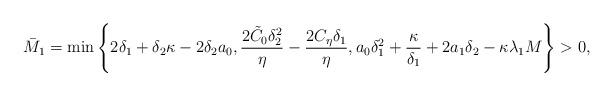
LaTeX: \begin{align*}\bar{M}_1=\min\left\{2\delta_1+\delta_2\kappa-2\delta_2a_0, \dfrac{2\tilde{C}_0\delta_2^2}{\eta}-\dfrac{2C_\eta\delta_1 }{\eta}, a_0\delta_1^2+ \dfrac{\kappa}{\delta_1}+2a_1\delta_2- \kappa\lambda_1M \right\}>0,\end{align*}